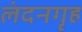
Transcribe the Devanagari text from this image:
लंदनगृह